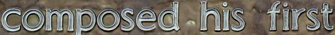
composed his first